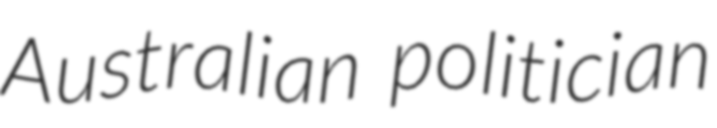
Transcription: Australian politician